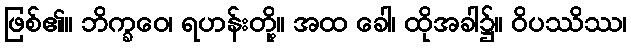
ဖြစ်၏။ ဘိက္ခဝေ၊ ရဟန်းတို့။ အထ ခေါ၊ ထိုအခါ၌။ ဝိပဿိဿ၊